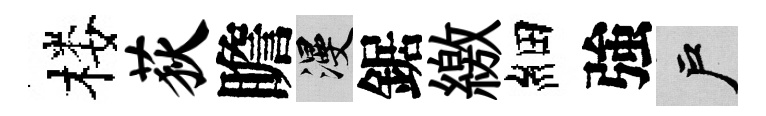
楼荻瞻漫鋸繳細強户